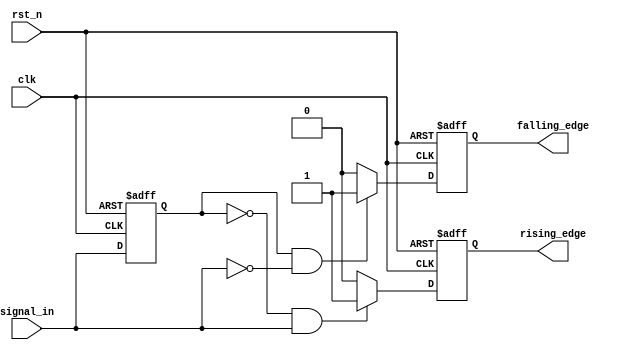
module SchmittTriggerEdgeDetector (
    input wire clk,              // Clock signal
    input wire rst_n,            // Active low reset
    input wire signal_in,        // Input signal to be monitored
    output reg rising_edge,      // Rising edge output
    output reg falling_edge      // Falling edge output
);

    // Parameters for hysteresis thresholds
    parameter THRESHOLD_LOW = 1'b0;  // Lower threshold
    parameter THRESHOLD_HIGH = 1'b1;  // Upper threshold

    // Memory block to hold the previous state of the input signal
    reg signal_prev;

    // Edge detection logic
    always @(posedge clk or negedge rst_n) begin
        if (!rst_n) begin
            // Initialize on reset
            signal_prev <= THRESHOLD_LOW;
            rising_edge <= 1'b0;
            falling_edge <= 1'b0;
        end else begin
            // Detect rising edge
            if (signal_prev == THRESHOLD_LOW && signal_in == THRESHOLD_HIGH) begin
                rising_edge <= 1'b1;  // Rising edge detected
            end else begin
                rising_edge <= 1'b0;   // No rising edge
            end

            // Detect falling edge
            if (signal_prev == THRESHOLD_HIGH && signal_in == THRESHOLD_LOW) begin
                falling_edge <= 1'b1;  // Falling edge detected
            end else begin
                falling_edge <= 1'b0;   // No falling edge
            end

            // Update previous state
            signal_prev <= signal_in;
        end
    end

endmodule